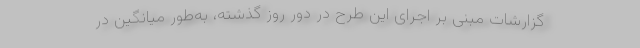
گزارشات مبنی بر اجرای این طرح در دور روز گذشته، به‌طور میانگین در